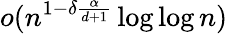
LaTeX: o(n^{1-\delta\frac{\alpha}{d+1}}\log\log n)